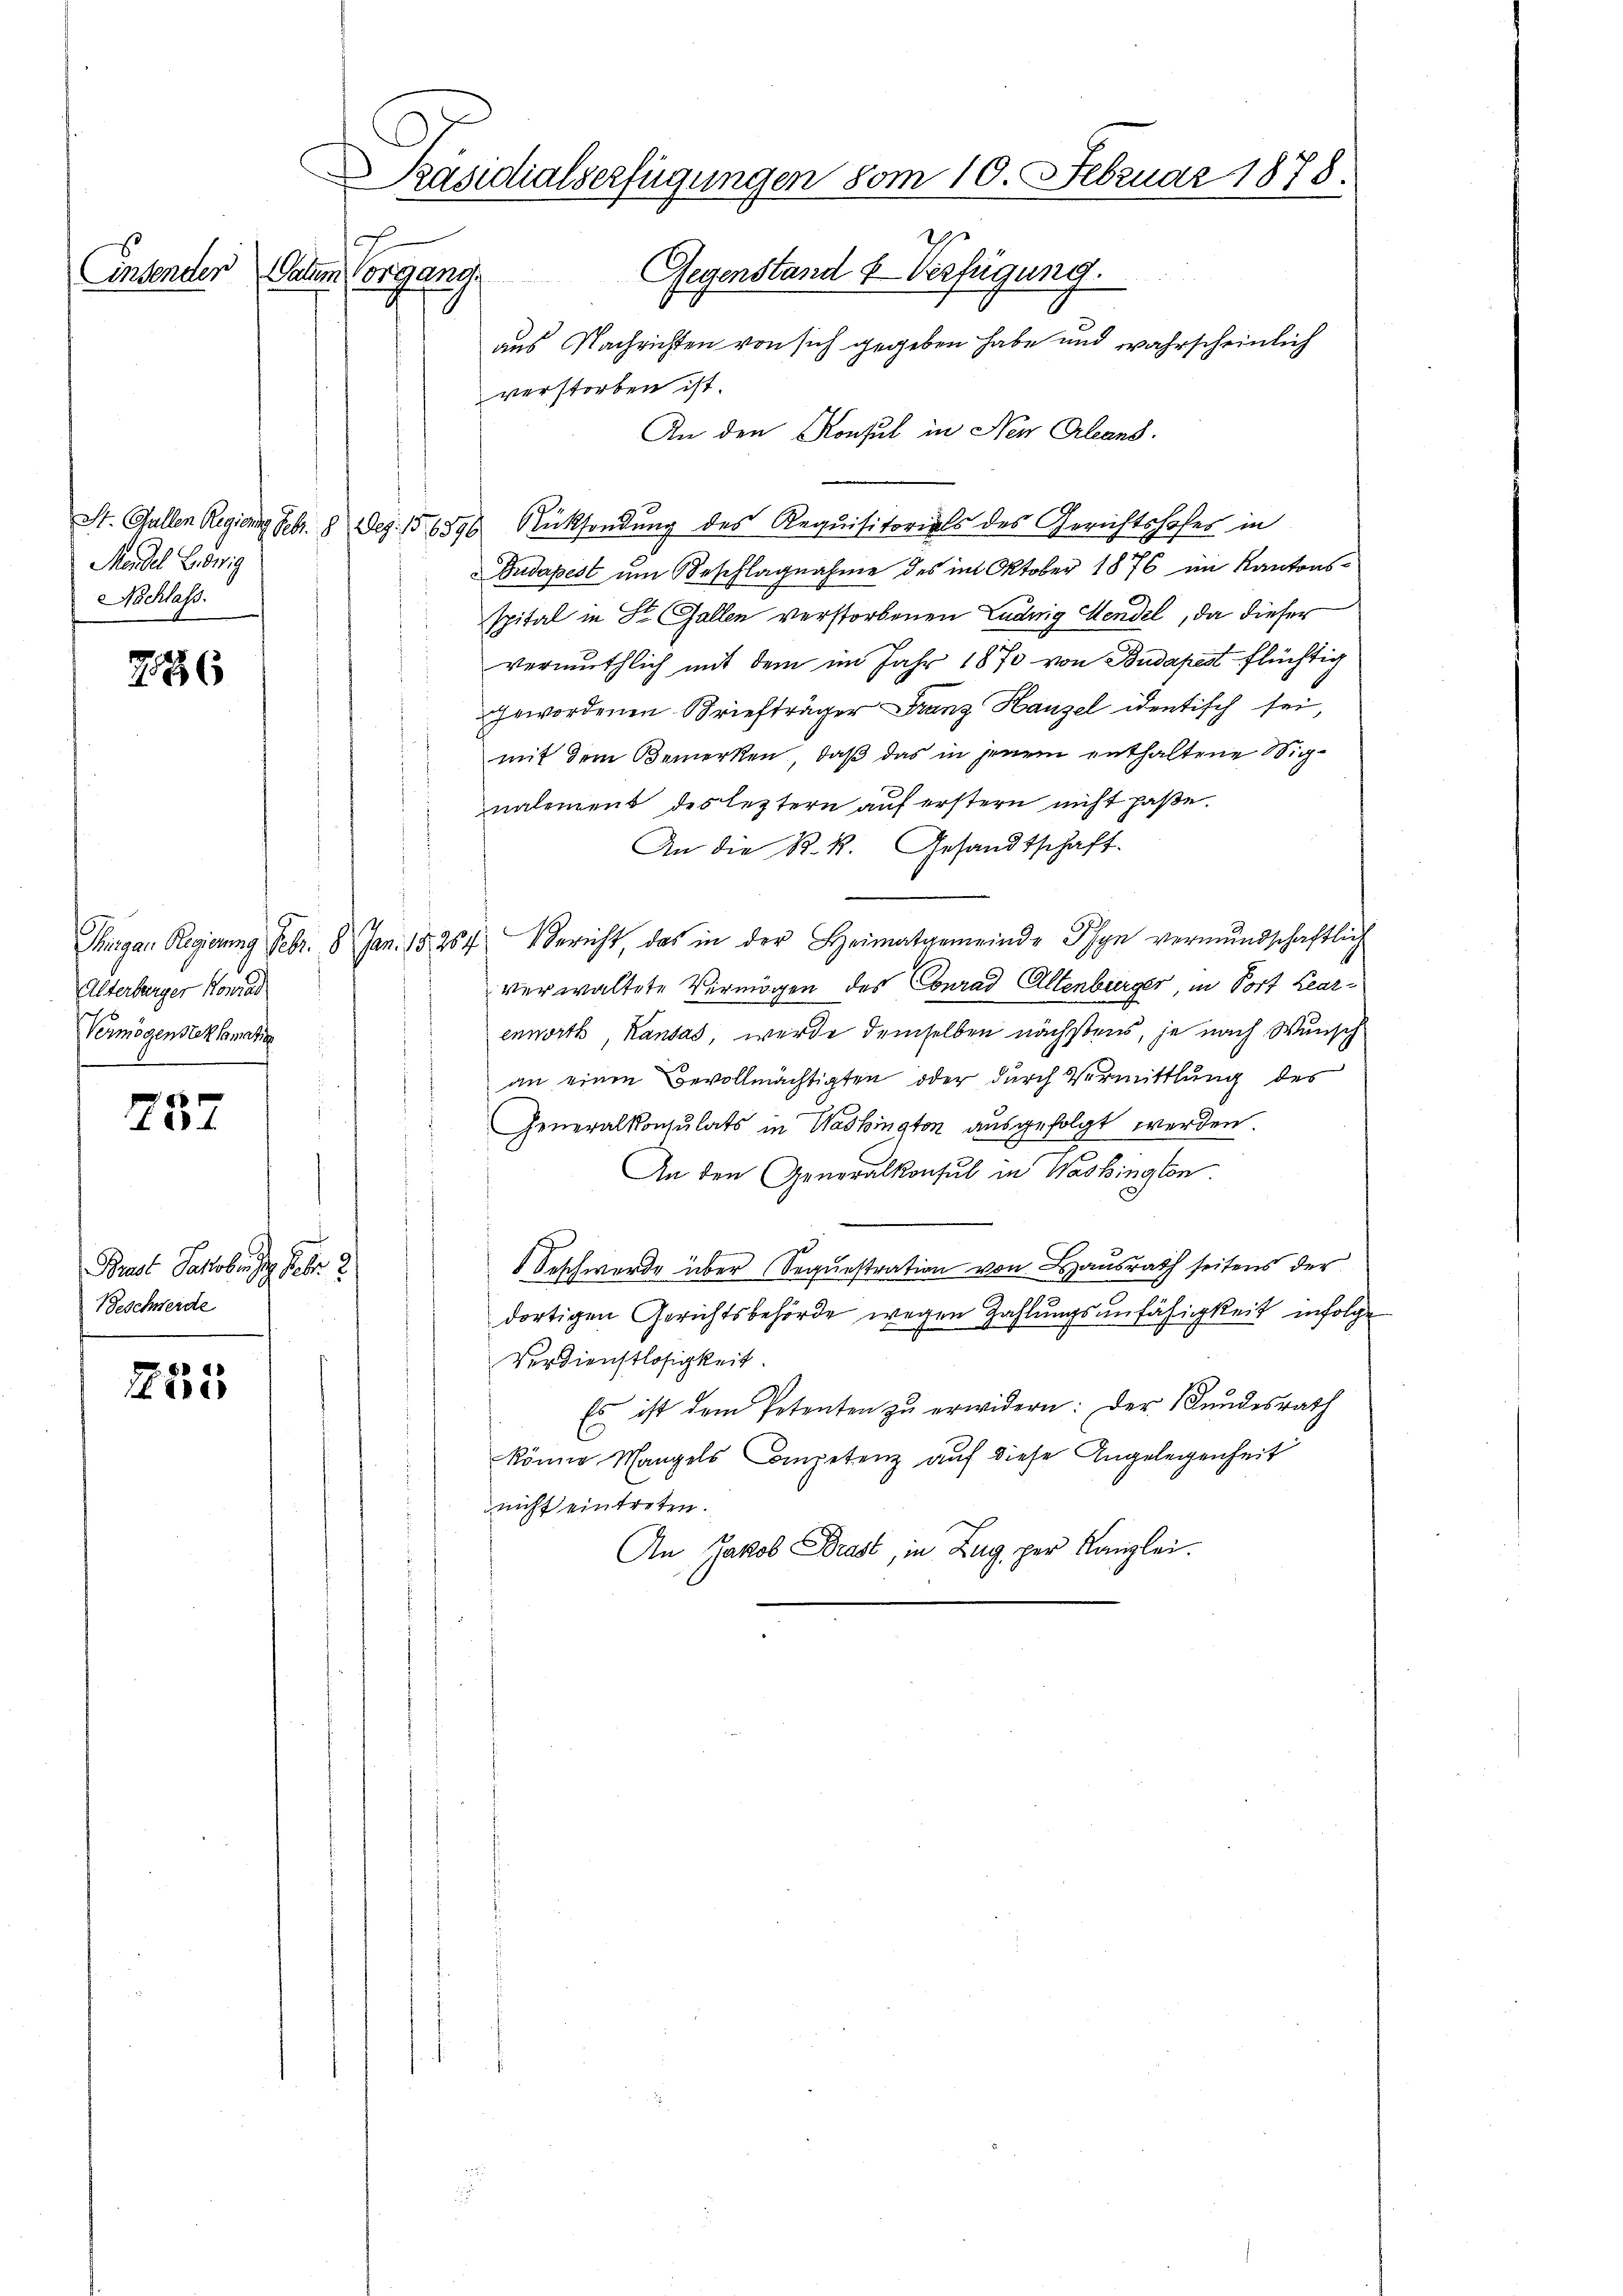
Mandel Lebrig
Nachlass.

7886

Alterberger Konrad
Vermögensternati

737

Brust Jakob Febr. 2
Beschwerde

755

Präsidialserfügungen vom 10. Februar 1878.
Gegenstand & Verfügung.
Ensender Paten organg
aus Nachrichten von sich gegeben habe und wahrscheinlich

verstorben ist.
An den Konsul in Neu Orleand.
St. Gallen Regien. Febr. 18 Dez. 156896 Rücksendung des Requisitorials des Gerichtshofes in
Budapest um Beschlagnahme des im Oktober 1876 im Kantons-
spital in St. Gallen verstorbenen Ludwig Mendel, da dieser
vermuthlich mit dem im Jahr 1870 von Budapest flüchtig
gewordenen Briefträger Franz Hausel identisch sei,
mit dem Bemerken, daß das in jenem enthaltene Signalement des leztern auf erstern nicht paße.
An die R. k. Gesandtschaft.
Thurgau Regierung Febr. 8. Jan. 15264) Bericht, das in der Heimatgemeinde Pfyn vermundschaftlich
verwaltete Vermögen des Conrad Altenburger, in Fort Learenworth, Kausas, werde demselben nächstens, je nach Wunsch
an einen Bevollmächtigten oder durch Vermittlung des
Generalkonsulats in Washington ausgefolgt werden.
An den Generalkonsul in Washingten.
Beschwerde über Sequestration von Hausrath seitens der
dortigen Gerichtsbehörde wegen Zahlungsunfähigkeit infolge
Verdienstlosigkeit.
Es ist dem Petenten zŭ erwidern: Der Bundesrath
könne Mangels Competenz auf diese Angelegenheit
nicht eintreten.
An Jakob Brast, in Zug, per Kanzlei.